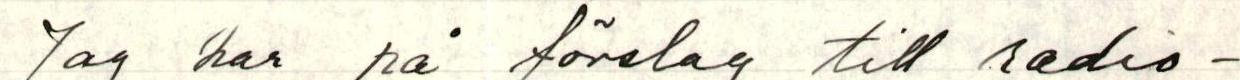
Jag har på förelag till radio-